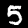
Digit: 5